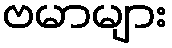
ဗမာများ